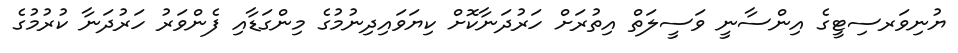
ޔުނިވަރސިޓީގެ އިންސާނީ ވަސީލަތް އިތުރަށް ހަރުދަނާކޮށް ކިޔަވައިދިނުމުގެ މިންގަޑާއި ފެންވަރު ހަރުދަނާ ކުރުމުގެ